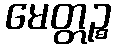
မေတ္တဉ္စ